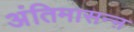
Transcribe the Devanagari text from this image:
अंतिमासन्ऩ